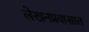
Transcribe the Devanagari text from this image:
लेखनप्रवासात